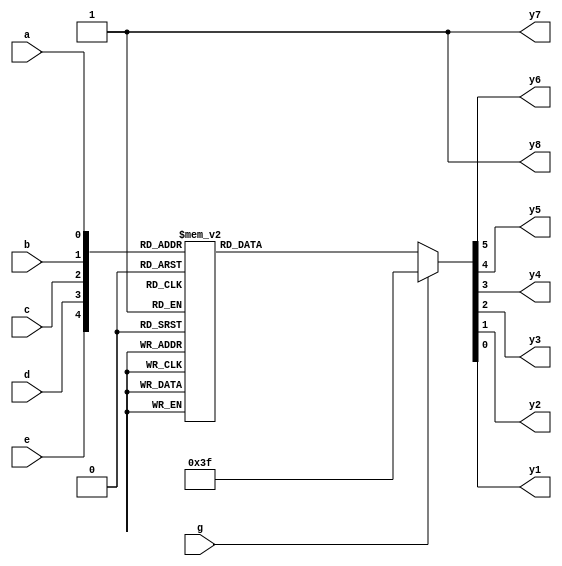
`timescale 1ns / 1ps
/////////////////////////////////////////////////////////////////
// Module Name: bin2BCD
// Description: A Binary-to-BCD Converter with DELAY configuration parameter
// Parameters: DELAY
/////////////////////////////////////////////////////////////////

module bin2BCD #(parameter DELAY = 10)(
    input g,e,d,c,b,a,
    output y8,y7,y6,y5,y4,y3,y2,y1
    );
    
    reg [6:1]y;
    
    always@(*)begin
        if(g)
            y = 6'h3f;
        else begin
            case({e,d,c,b,a})
                5'b00000: y = 6'b00_0000; //0,1
                5'b00001: y = 6'b00_0001; //2,3
                5'b00010: y = 6'b00_0010; //4,5
                5'b00011: y = 6'b00_0011; //6,7
                5'b00100: y = 6'b00_0100; //8,9
                5'b00101: y = 6'b00_1000; //10,11
                5'b00110: y = 6'b00_1001; //12,13
                5'b00111: y = 6'b00_1010; //14,15
                5'b01000: y = 6'b00_1011; //16,17
                5'b01001: y = 6'b00_1100; //18,19
                5'b01010: y = 6'b01_0000; //20,21
                5'b01011: y = 6'b01_0001; //22,23
                5'b01100: y = 6'b01_0010; //24,25
                5'b01101: y = 6'b01_0011; //26,27
                5'b01110: y = 6'b01_0100; //28,29
                5'b01111: y = 6'b01_1000; //30,31
                5'b10000: y = 6'b01_1001; //32,33
                5'b10001: y = 6'b01_1010; //34,35
                5'b10010: y = 6'b01_1011; //36,37
                5'b10011: y = 6'b01_1100; //38,39
                5'b10100: y = 6'b10_0000; //40,41
                5'b10101: y = 6'b10_0001; //42,43
                5'b10110: y = 6'b10_0010; //44,45
                5'b10111: y = 6'b10_0011; //46,47
                5'b11000: y = 6'b10_0100; //48,49
                5'b11001: y = 6'b10_1000; //50,51
                5'b11010: y = 6'b10_1001; //52,53
                5'b11011: y = 6'b10_1010; //54,55
                5'b11100: y = 6'b10_1011; //56,57
                5'b11101: y = 6'b10_1100; //58,59
                5'b11110: y = 6'b11_0000; //60,61
                5'b11111: y = 6'b11_0001; //62,63
                default: y = 6'b11_1111;
            endcase
        end
            
    end
    
    assign #DELAY y8 = 1;    
    assign #DELAY y7 = 1;    
    assign #DELAY y6 = y[6];    
    assign #DELAY y5 = y[5];    
    assign #DELAY y4 = y[4];    
    assign #DELAY y3 = y[3];    
    assign #DELAY y2 = y[2];    
    assign #DELAY y1 = y[1];    
endmodule